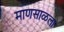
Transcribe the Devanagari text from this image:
माणसाळला